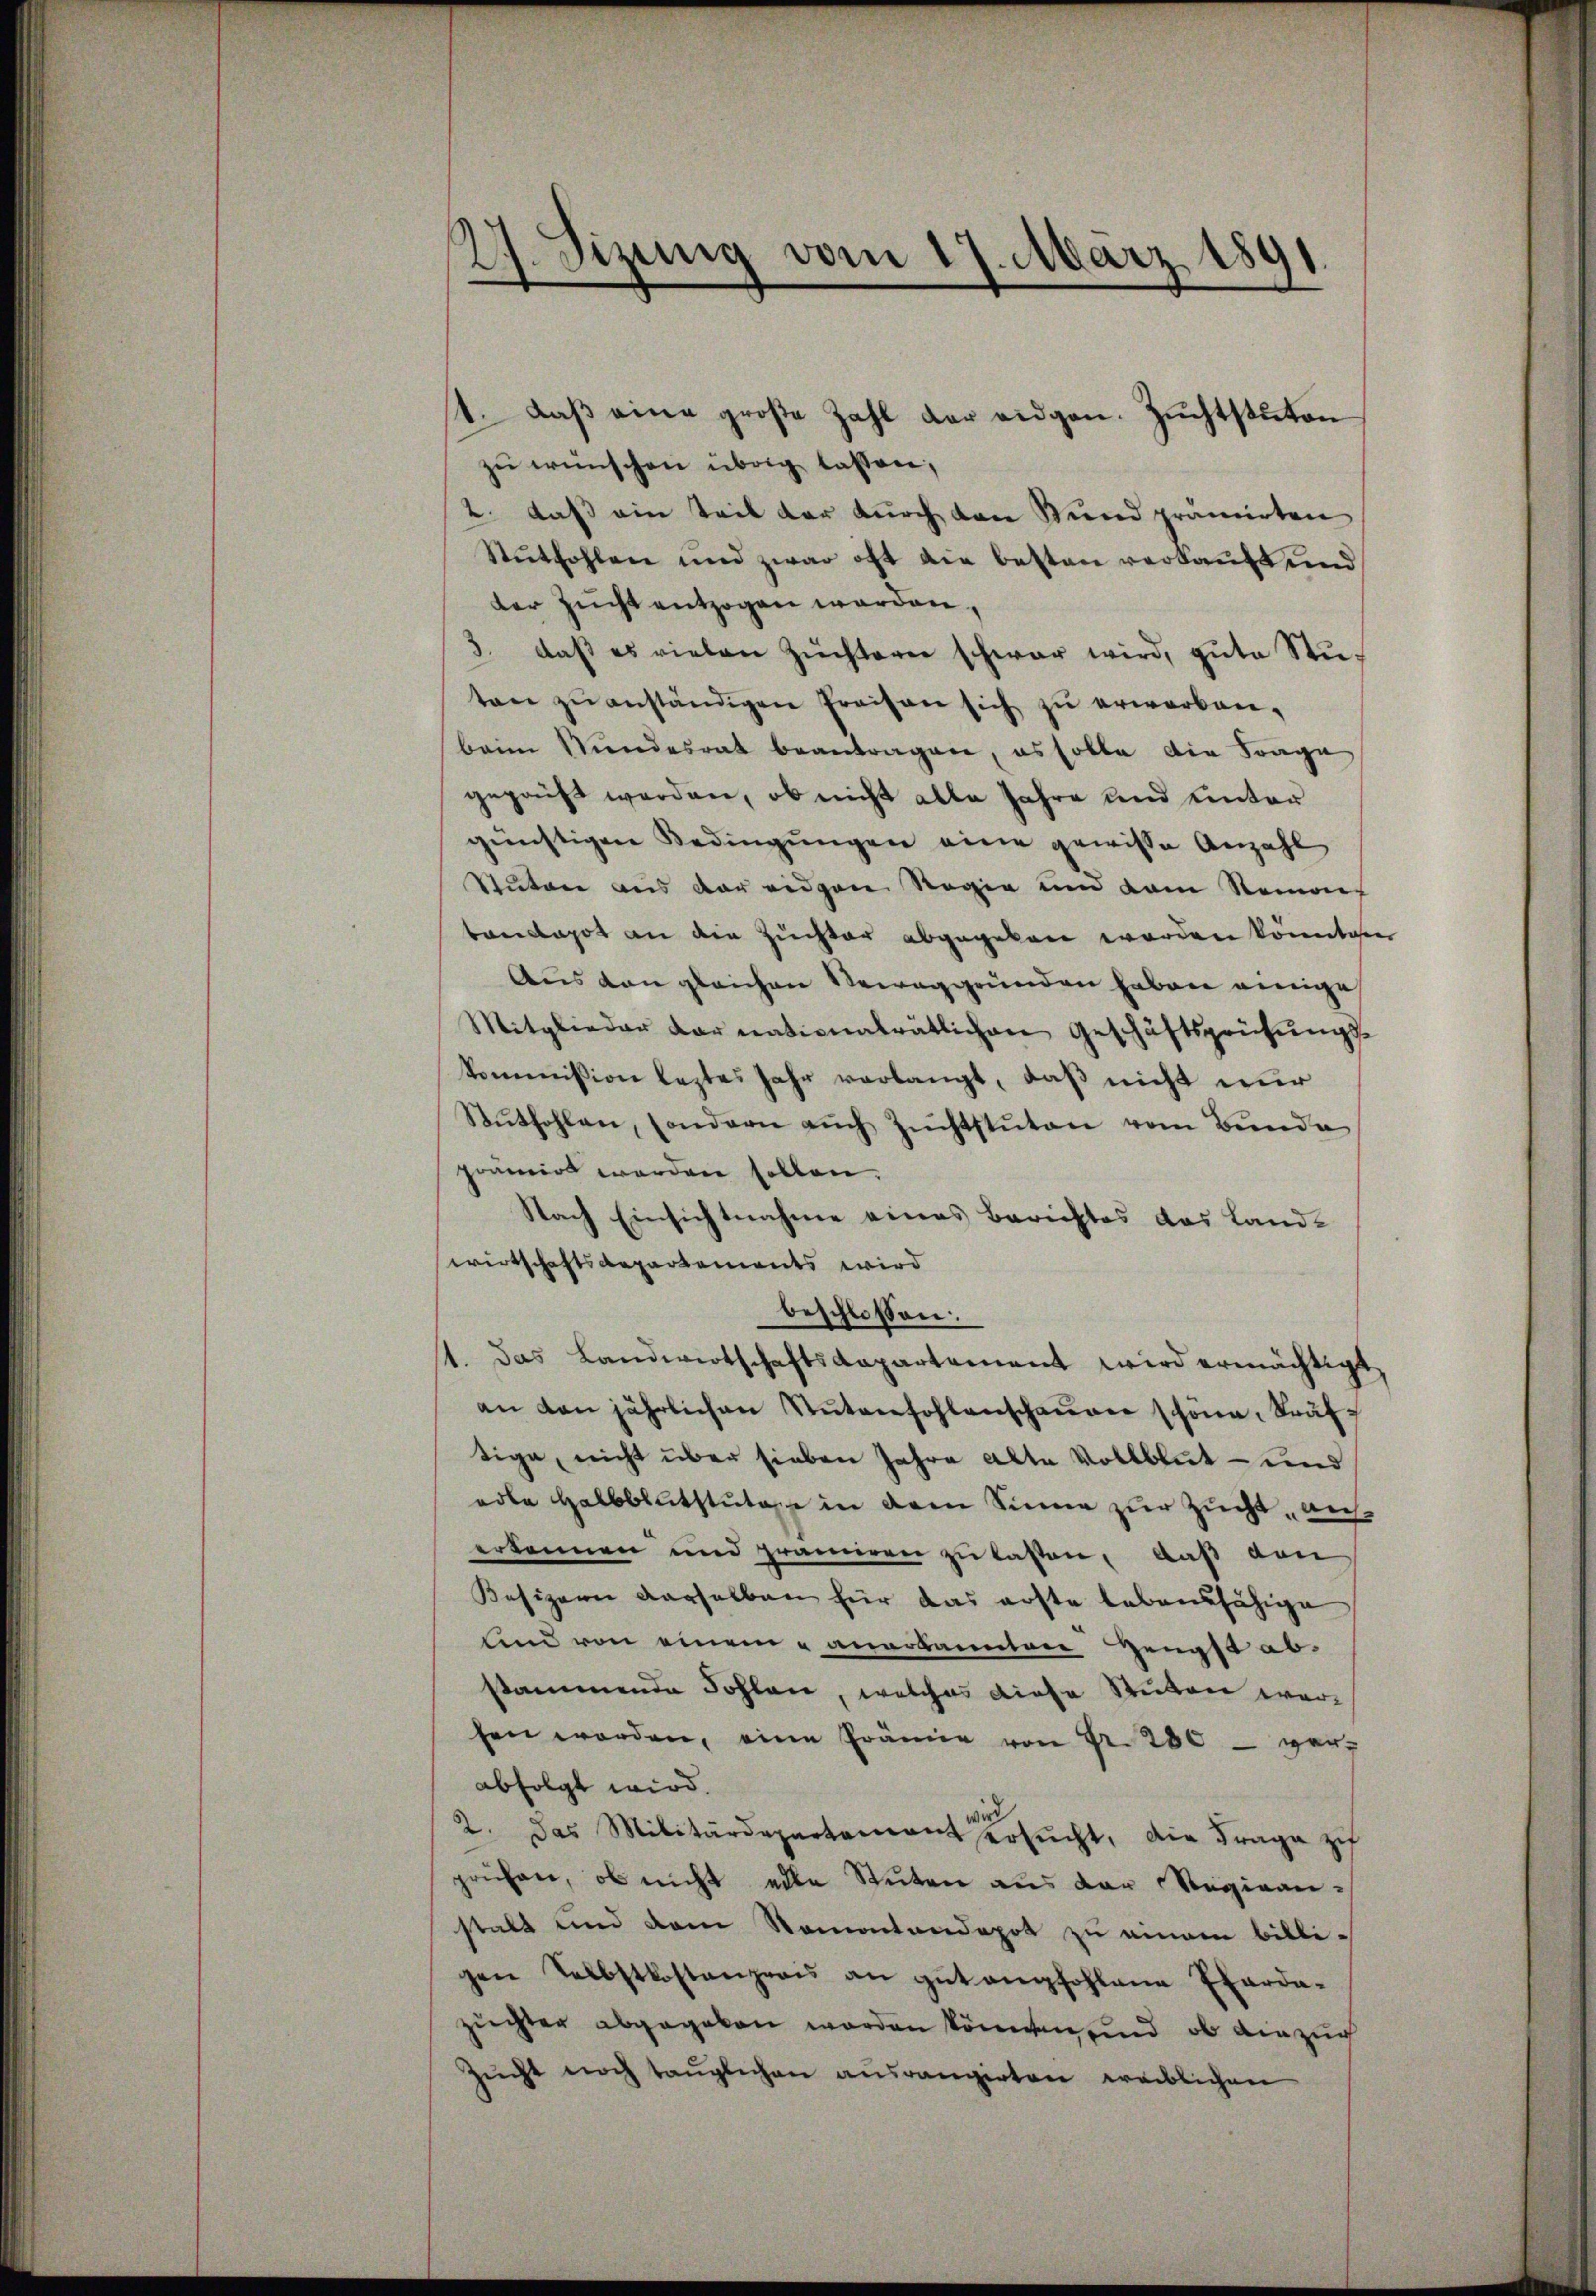
27. Sizung vom 17. März 189
d

4. daβ eine große Zahl der eidgen. Zuchtstuten
zu wünschen übrig lassen,
2. daß ein Teil der durch den Stund prämirten
Stuthohlen und zwar oft die besten verkauft und
der Zucht entzogen werden,
3. daβ es vielen Züchterer schwar wird, gŭte Stŭ-
ten zŭ anständigen Preisen sich zu erwarban-
beim Stundesrat beantragen, es solle die Frage
gepauft werden, ob nicht alle Jahre und unter
günstigen Bedingungen eine gewisse Anzahl
Stuten aus der eidgen Regie und dem Steines
banapot an die Züchter abgegeben worden könnten
Aus den gleichen Verraggründen haben einige
Mitglieder darnationalrätlichen Geschäftsprüfŭngs-
kommißion leztes Jahr verlangt, daß nicht nur
Stŭthohlen, sondern aŭch Zŭchtstŭten vom Bunde
pramirt werden sollen.
Nach Einsichtnahme eines Berichtes das Land-
wirtschaftsdepartements wird
beschlossen:
t. das Landwirtschaftsdepartement wird ermächtigt,
an den jährlichen Sŭtenfohlenschaŭer schöne Sträftige, nicht über sieben Jahre alte Vollblut- und
odle Halbblutstuta in dem Sinne zur Zucht auferkennen und prämeren zu lassen, daß den
Kesizern derselben für das erste lebensfähige
lind von einem anerkannten Zeugst ab-
stammende Fohlen, welches diese Stuten werfen worden, eine Prämie von Fr. 280 - ver-
abfolgt wird.
2. Das Militärdepartement ersŭcht, die Frage zuf
prüfen, ob nicht elle Stuten aus der Regiean-
stalt und dem Namentendepot zu einem billi-
gen Selbstkostenzeris an gŭtempfohlene Exarda-
zuchter abgegeben worden können und ob einzug
Zucht noch taŭglichen ausrangirten weiblichen